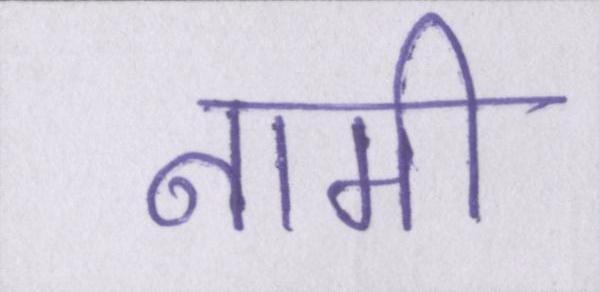
नामी